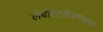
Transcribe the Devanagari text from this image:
लैबोरेटरीजफाइजर